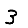
Digit: 3